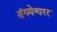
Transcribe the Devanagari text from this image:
संगमेश्वरर